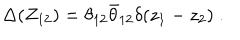
LaTeX: \Delta ( Z _ { 1 2 } ) = \theta _ { 1 2 } { \bar { \theta } } _ { 1 2 } \delta ( z _ { 1 } - z _ { 2 } ) \; .